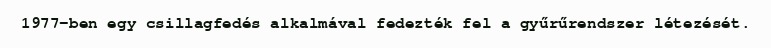
1977-ben egy csillagfedés alkalmával fedezték fel a gyűrűrendszer létezését.